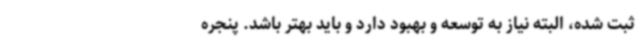
ثبت شده، البته نیاز به توسعه و بهبود دارد و باید بهتر باشد. پنجره